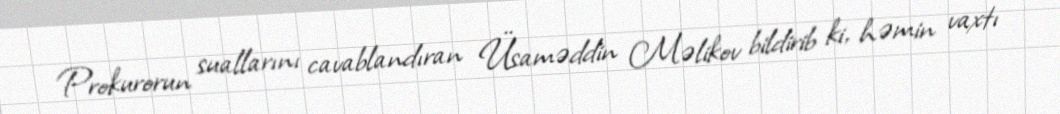
Prokurorun suallarını cavablandıran Üsaməddin Məlikov bildirib ki, həmin vaxtı